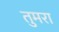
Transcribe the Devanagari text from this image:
तुमरा